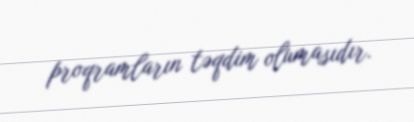
proqramların təqdim olumasıdır.